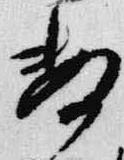
数